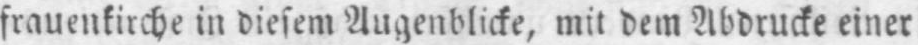
frauenkirche in diesem Augenblicke, mit dem Abdrucke einer